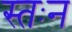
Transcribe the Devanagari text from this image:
स्तःन